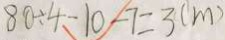
8 0 \div 4 - 1 0 - 7 = 3 ( m )